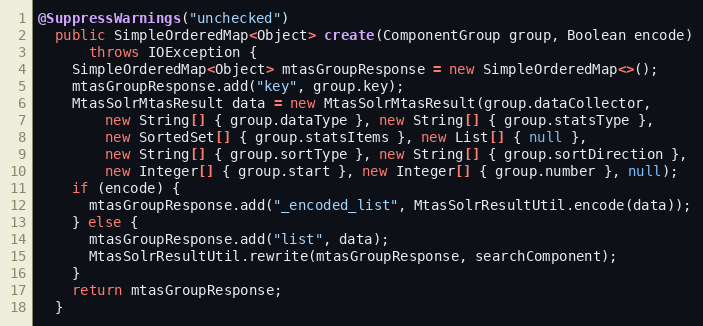
Language: Java
@SuppressWarnings("unchecked")
  public SimpleOrderedMap<Object> create(ComponentGroup group, Boolean encode)
      throws IOException {
    SimpleOrderedMap<Object> mtasGroupResponse = new SimpleOrderedMap<>();
    mtasGroupResponse.add("key", group.key);
    MtasSolrMtasResult data = new MtasSolrMtasResult(group.dataCollector,
        new String[] { group.dataType }, new String[] { group.statsType },
        new SortedSet[] { group.statsItems }, new List[] { null },
        new String[] { group.sortType }, new String[] { group.sortDirection },
        new Integer[] { group.start }, new Integer[] { group.number }, null);
    if (encode) {
      mtasGroupResponse.add("_encoded_list", MtasSolrResultUtil.encode(data));
    } else {
      mtasGroupResponse.add("list", data);
      MtasSolrResultUtil.rewrite(mtasGroupResponse, searchComponent);
    }
    return mtasGroupResponse;
  }